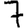
Digit: 7